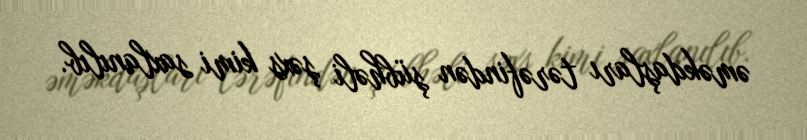
əməkdaşları tərəfindən şübhəli şəxs kimi saxlanılıb.